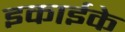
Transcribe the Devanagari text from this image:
इकाईके